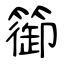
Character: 篽